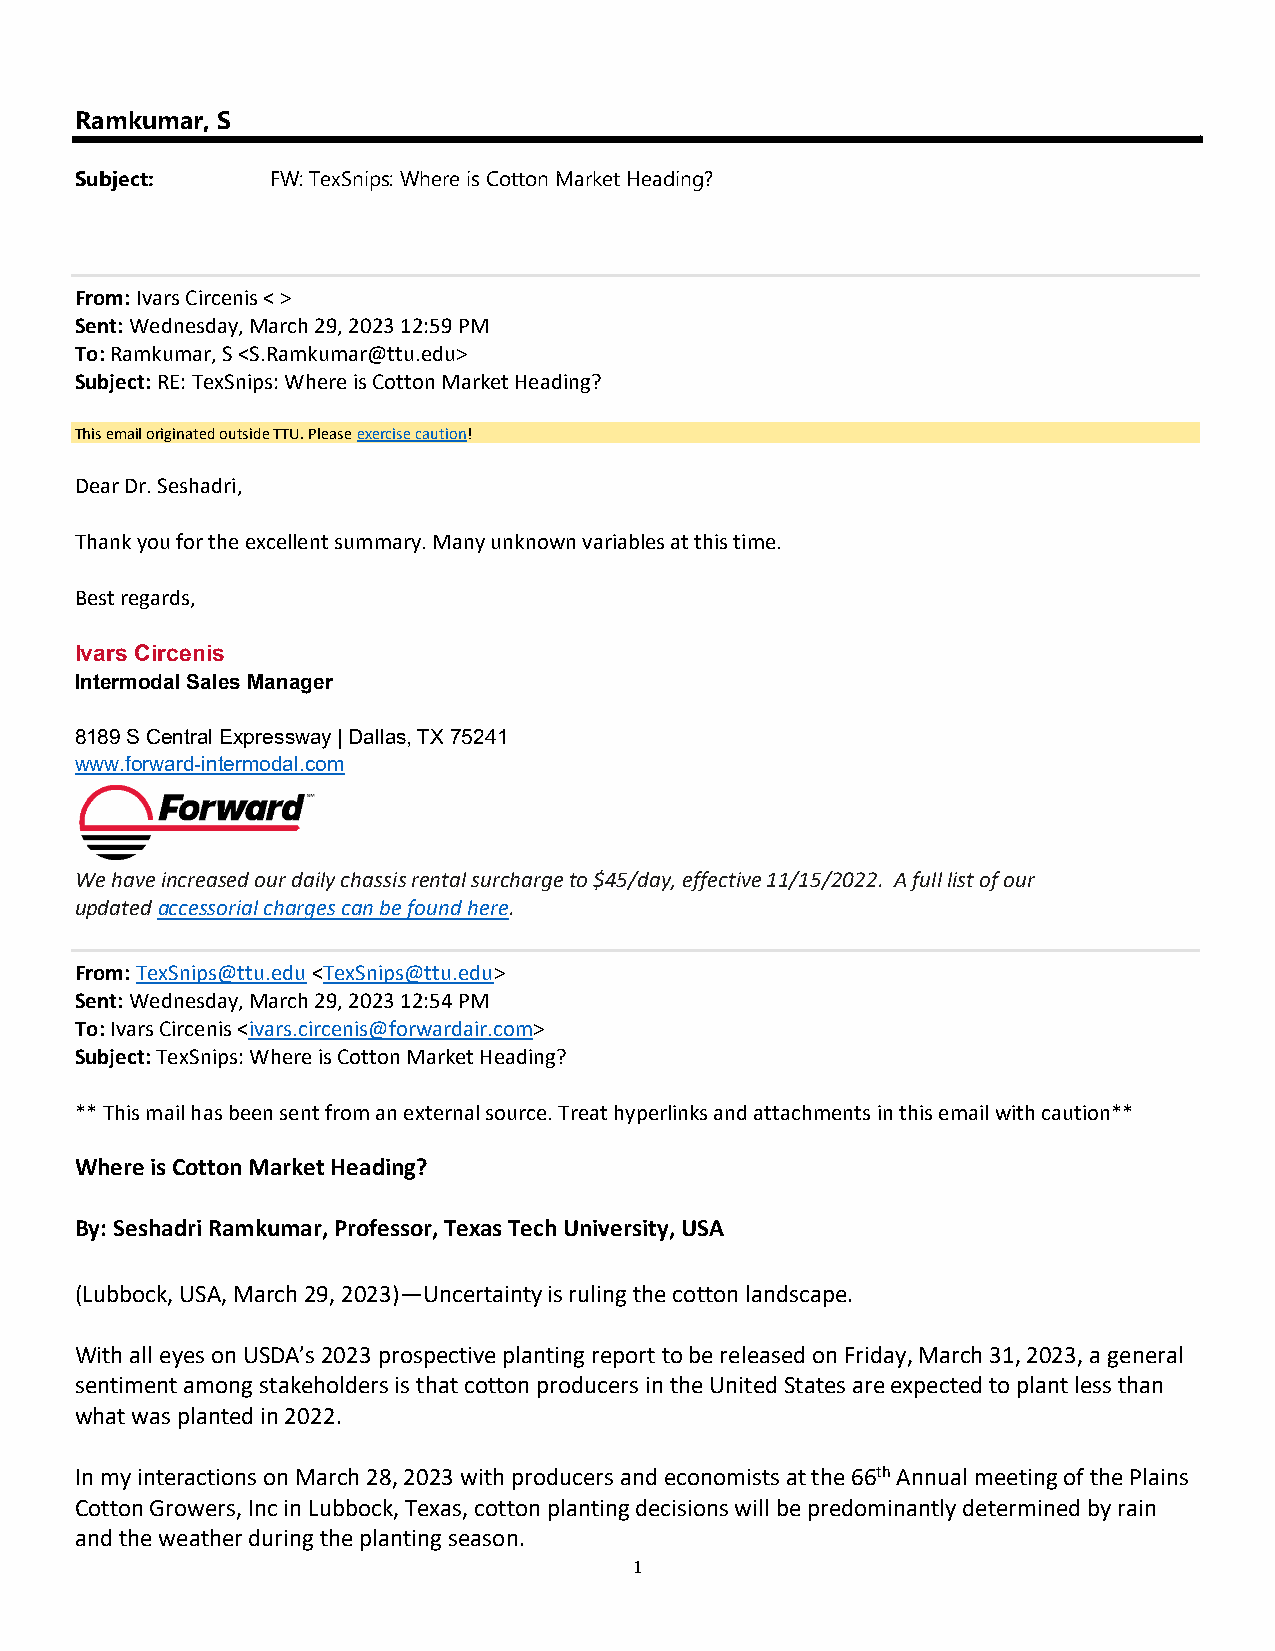
Ramkumar, S
 Subject:     FW: TexSnips: Where is Cotton Market Heading?
 From: Ivars Circenis < >
 Sent: Wednesday, March 29, 2023 12:59 PM
 To: Ramkumar, S <S.Ramkumar@ttu.edu>
 Subject: RE: TexSnips: Where is Cotton Market Heading?
 This email originated outside TTU. Please exercise caution!
 Dear Dr. Seshadri,
 Thank you for the excellent summary. Many unknown variables at this time.
 Best regards,
 Ivars Circenis
 Intermodal Sales Manager
 8189 S Central Expressway | Dallas, TX 75241
 www.forward-intermodal.com
 We have increased our daily chassis rental surcharge to $45/day, effective 11/15/2022. A full list of our
 updated accessorial charges can be found here.
 From: TexSnips@ttu.edu <TexSnips@ttu.edu>
 Sent: Wednesday, March 29, 2023 12:54 PM
 To: Ivars Circenis <ivars.circenis@forwardair.com>
 Subject: TexSnips: Where is Cotton Market Heading?
 ** This mail has been sent from an external source. Treat hyperlinks and attachments in this email with caution**
 Where is Cotton Market Heading?
 By: Seshadri Ramkumar, Professor, Texas Tech University, USA
 (Lubbock, USA, March 29, 2023)—Uncertainty is ruling the cotton landscape.
 With all eyes on USDA’s 2023 prospective planting report to be released on Friday, March 31, 2023, a general
 sentiment among stakeholders is that cotton producers in the United States are expected to plant less than
 what was planted in 2022.
 In my interactions on March 28, 2023 with producers and economists at the 66th Annual meeting of the Plains
 Cotton Growers, Inc in Lubbock, Texas, cotton planting decisions will be predominantly determined by rain
 and the weather during the planting season.
 1